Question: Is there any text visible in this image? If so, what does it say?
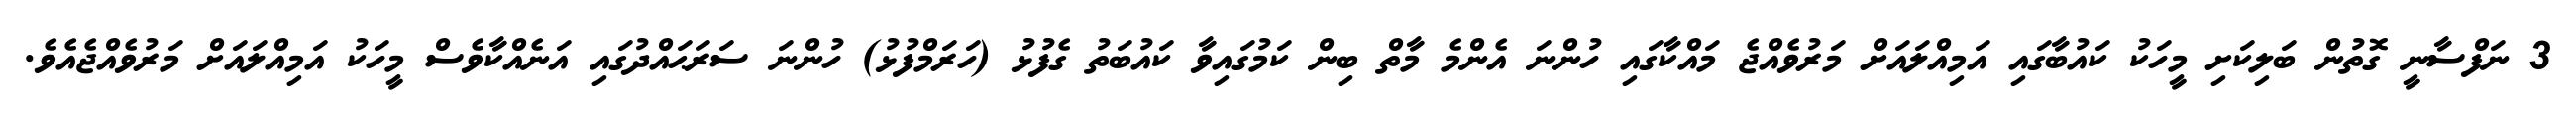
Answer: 3 ނަފްސާނީ ގޮތުން ބަލިކަށި މީހަކު ކައުބާގައި އަމިއްލައަށް މަރުވެއްޖެ މައްކާގައި ހުންނަ އެންމެ މާތް ބިން ކަމުގައިވާ ކައުބަތު ގެފުޅު (ހަރަމްފުޅު) ހުންނަ ސަރަޙައްދުގައި އަނެއްކާވެސް މީހަކު އަމިއްލައަށް މަރުވެއްޖެއެވެ.